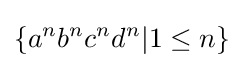
\{a^{n}b^{n}c^{n}d^{n}|1\leq n\}